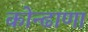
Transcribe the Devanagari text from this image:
कोन्ढाणा